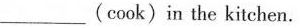
___(cook)in the kitchen.